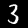
Label: 3